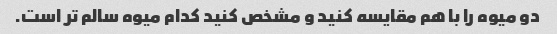
دو میوه را با هم مقایسه کنید و مشخص کنید کدام میوه سالم تر است.